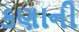
કણાની